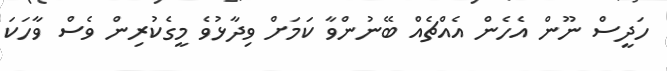
ހަދީސް ނޫން އެހެން އެއްޗެއް ބޭނުންވާ ކަމަށް ވިދާޅުވެ މީގެކުރިން ވެސް ވާހަކަ